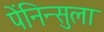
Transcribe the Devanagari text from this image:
पेंनिन्सुला